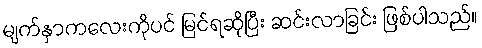
မျက်နှာကလေးကိုပင် မြင်ရဆိုပြီး ဆင်းလာခြင်း ဖြစ်ပါသည်။